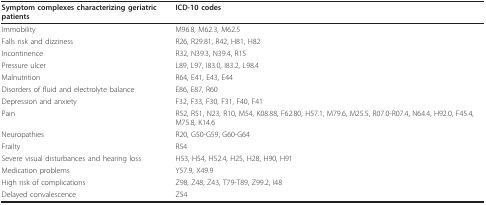
| Symptom complexes characterizing geriatric patients | ICD-10 codes |
 | --- | --- |
 | Immobility | M96.8, M62.3, M62.5 |
 | Falls risk and dizziness | R26, R29.81, R42, H81, H82 |
 | Incontinence | R32, N39.3, N39.4, R15 |
 | Pressure ulcer | L89, L97, I83.0, I83.2, L98.4 |
 | Malnutrition | R64, E41, E43, E44 |
 | Disorders of fluid and electrolyte balance | E86, E87, R60 |
 | Depression and anxiety | F32, F33, F30, F31, F40, F41 |
 | Pain | R52, R51, N23, R10, M54, K08.88, F62.80, H57.1, M79.6, M25.5, R07.0-R07.4, N64.4, H92.0, F45.4, M75.8, K14.6 |
 | Neuropathies | R20, G50-G59, G60-G64 |
 | Frailty | R54 |
 | Severe visual disturbances and hearing loss | H53, H54, H52.4, H25, H28, H90, H91 |
 | Medication problems | Y57.9, X49.9 |
 | High risk of complications | Z98, Z48, Z43, T79-T89, Z99.2, I48 |
 | Delayed convalescence | Z54 |